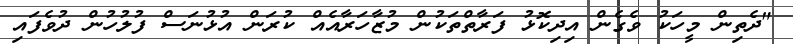
"ދެތިން މީހަކު ވެގެން އިދިކޮޅު ފަރާތްތަކުން މުޒާހަރާއެއް ކުރަން އުޅުނަސް ފުލުހުން ދުވެފައި